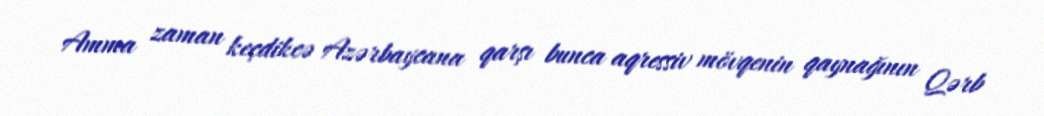
Amma zaman keçdikcə Azərbaycana qarşı bunca aqressiv mövqenin qaynağının Qərb